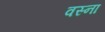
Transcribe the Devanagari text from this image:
वस्ना